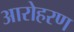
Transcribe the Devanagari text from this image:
आरोहरण